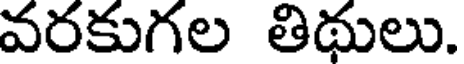
వరకుగల తిథులు.